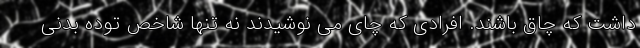
داشت که چاق باشند. افرادی که چای می نوشیدند نه تنها شاخص توده بدنی